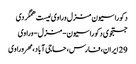
دکوراسیون منزل وراوی لیست همگردی
جستجوی دکوراسیون-منزل-وراوی
29 ایران، فارس، حاجی آباد، مهر وراوی